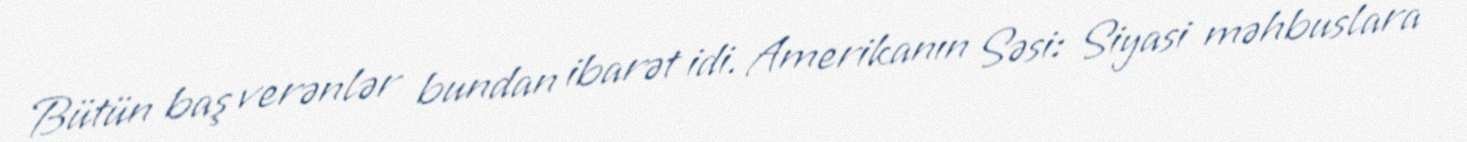
Bütün baş verənlər bundan ibarət idi. Amerikanın Səsi: Siyasi məhbuslara